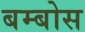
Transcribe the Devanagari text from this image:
बम्बोस